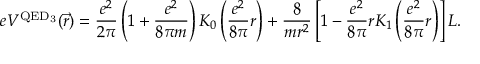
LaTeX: e V ^ { \mathrm { Q E D _ { 3 } } } ( \vec { r } ) = \frac { e ^ { 2 } } { 2 \pi } \left( 1 + \frac { e ^ { 2 } } { 8 \pi m } \right) K _ { 0 } \left( \frac { e ^ { 2 } } { 8 \pi } r \right) + \frac { 8 } { m r ^ { 2 } } \left[ 1 - \frac { e ^ { 2 } } { 8 \pi } r K _ { 1 } \left( \frac { e ^ { 2 } } { 8 \pi } r \right) \right] L .